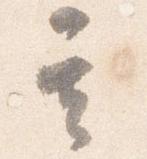
其